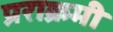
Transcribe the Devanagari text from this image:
प्रराक्रमी